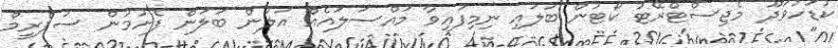
ކުޑަހުވަދޫ މެޖިސްޓްރޭޓު ކޯޓުން ބަލައި ނިމިފައިވާ މައްސަލައެއް އަލުން ބަލަން ފެށުމުން ސުޕްރީމް